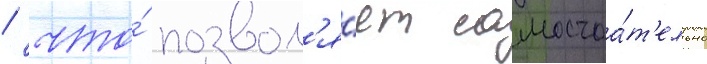
/ что́ позвол'я́ет самостоа́т'ельно